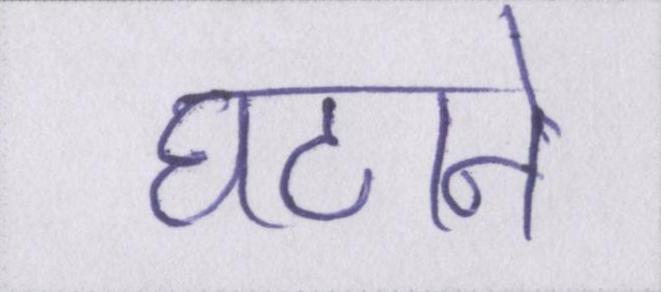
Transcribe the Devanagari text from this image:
घटाने